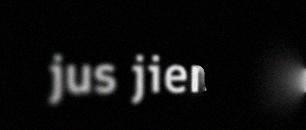
jus jienasta